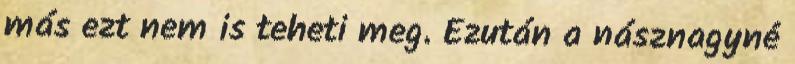
más ezt nem is teheti meg. Ezután a násznagyné